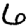
Digit: 6